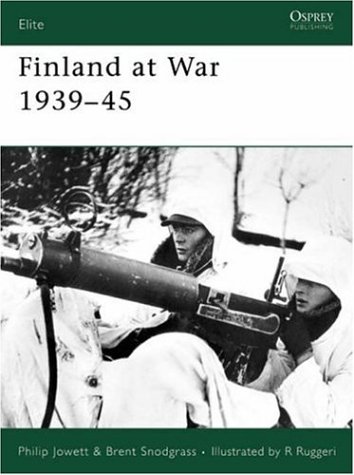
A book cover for Finland at War 1939 - 45 (Elite); Philip Jowett; History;